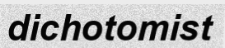
dichotomist